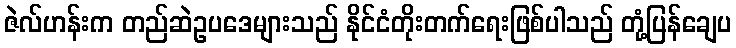
ဇဲလ်ဟန်းက တည်ဆဲဥပဒေများသည် နိုင်ငံတိုးတက်ရေးဖြစ်ပါသည် တုံ့ပြန်ချေပ